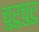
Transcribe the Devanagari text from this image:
चुरुचुरु